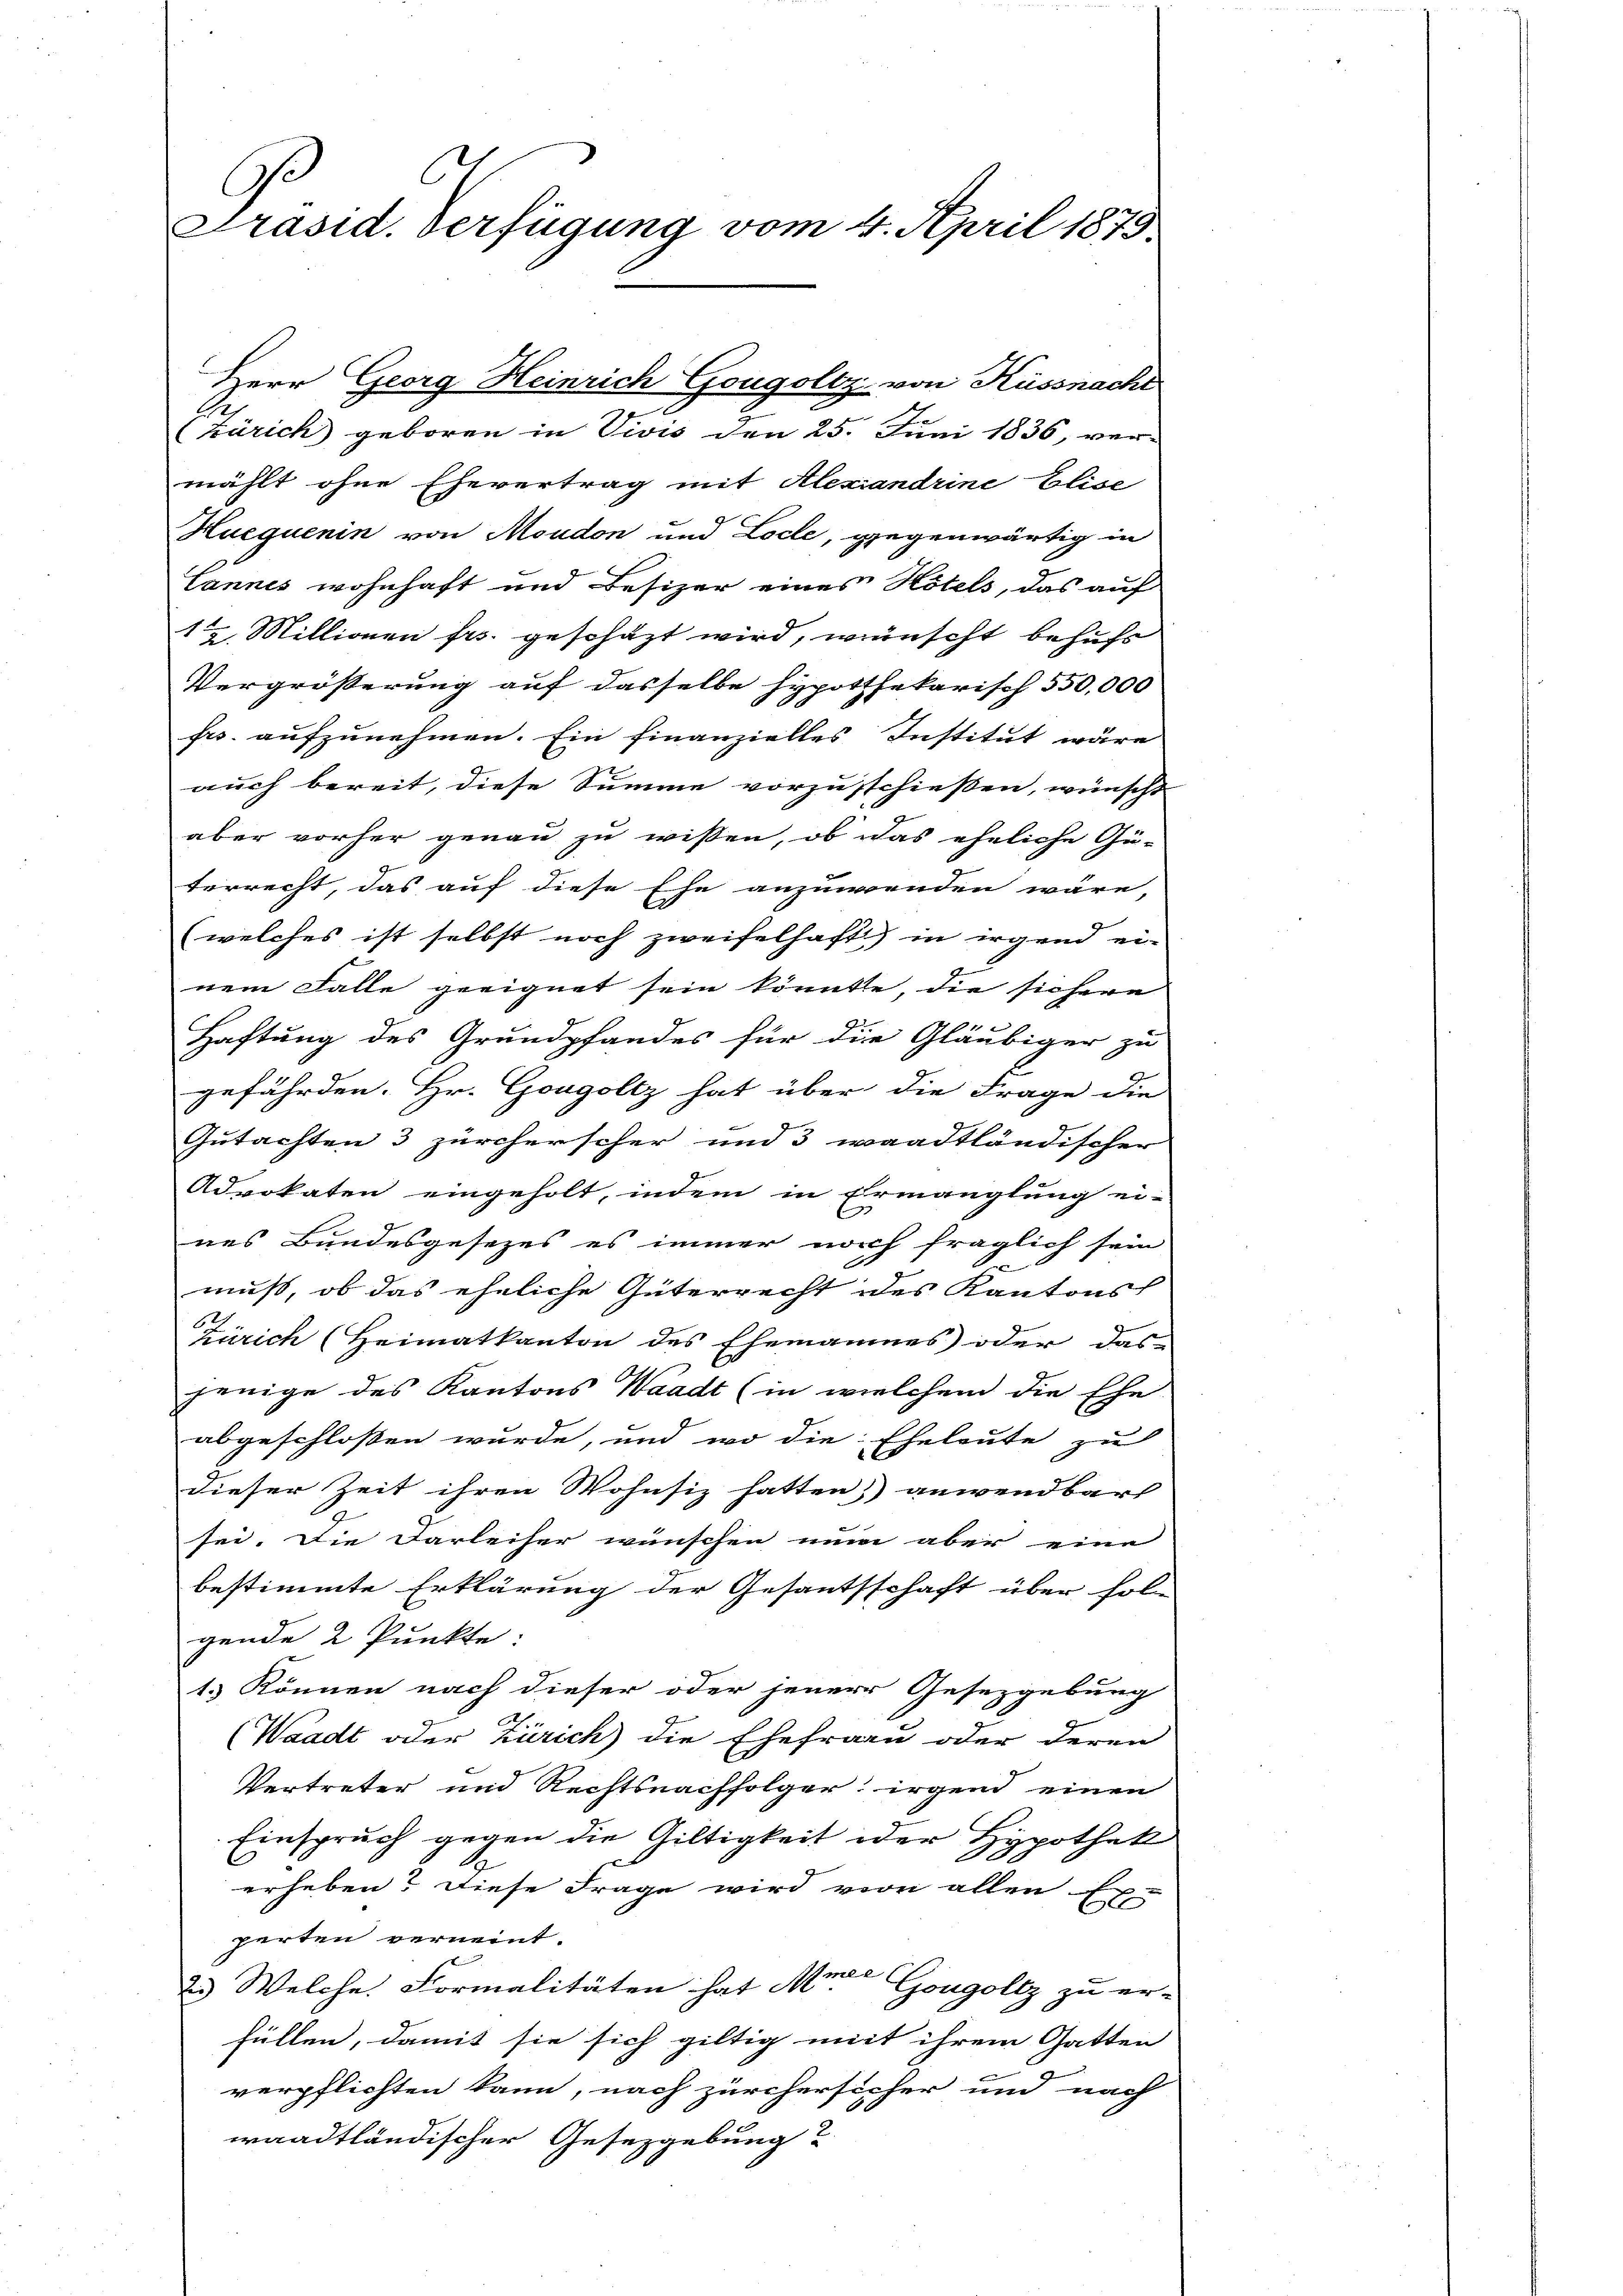
C
C
Präsid. Verfügung vom 4. April 1875.

e
(Zürich geboren in Vivis den 25. Juni 1836, ver-
mählt ohne Ehevertrag mit Alexandrine Elise
Huequenin von Moudon und Loche, gegenwärtig in
Lannes wohnhaft und Besizer eines Hotels, das auf
12. Millionen frs. geschäzt wird, wünscht behufs
Vergrößerung auf dasselbe hypothekarisch 550,000
frs. aufzunehmen. Ein finanzielles Institut wäre
7
auch bereit, diese Summe vorzuschießen, wünscht
aber vorher genau zu wissen, ob das eheliche Gü-
terrecht, das auf diese Ehe anzuwenden wäre,
(welches ist selbst noch zweifelhaft) in irgend ei-
nem Falle geeignet sein könnte, die sichere
1
Haftung des Grundpfandes für die Gläubiger zu
gefährden. Hr. Gongoltz hat über die Frage die
Gutachten 3 zürcherscher und 3 waadtländischer
Advokaten eingeholt, indem in Ermanglung ei-
nes Bundesgesezes es immer noch fraglich sein
be
muß, ob das eheliche Güterrecht des Kantons
2
Zürich (Heimatkanton des Ehemannes oder das
jenige des Kantons Waadt (in welchem die Ehe-
abgeschlossen wurde, und wo die Eheleute zu
dieser Zeit ihren Wohnsiz hatten anwendbar
sei. Die Darleiher wünschen nun aber eine
bestimmte Erklärung der Gesantsschaft über hole
gende 2 Punkte:
1. Können nach dieser oder jener Gesezgebung
(Waadt oder Zürich) die Ehefrau oder deren
Vertreter und Rechtsnachfolger irgend einen
Einspruch gegen die Giltigkeit oder Hypothek
erheben? Diese Frage wird von allen Ex-
perten verneint.
2.) Welche Formalitäten hat Mr. Gongoltz zu er-
füllen, damit sie sich giltig mit ihrem Gatten
verpflichten kann, nach zürchersicher und nach
waadtländischer Gesetzgebung?

Herr Georg Heinrich Gougoltz, von Küssnacht